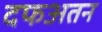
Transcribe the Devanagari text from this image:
दफअतन